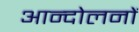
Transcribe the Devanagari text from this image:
आन्‍दोलनों